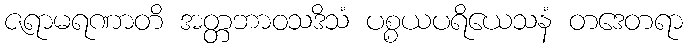
ဇရာမရဏာတိ အတ္တဘာဝသဒိသံ ပစ္စယပရိယေသနံ တဒေတရာ